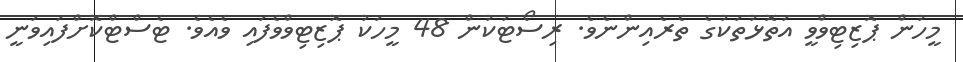
މީހުން ޕޮޒިޓިވްވީ އަތޮޅުތަކުގެ ތެރެއިންނެވެ. ރިސޯޓަކުން 48 މީހަކު ޕޮޒިޓިވްވެފައި ވެއެެވެ. ޓެސްޓްކޮށްފައިވަނީ